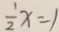
\frac { 1 } { 2 } x = 1